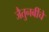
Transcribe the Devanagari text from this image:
जैतुनबींचे